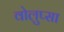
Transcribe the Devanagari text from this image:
वोलुप्सा